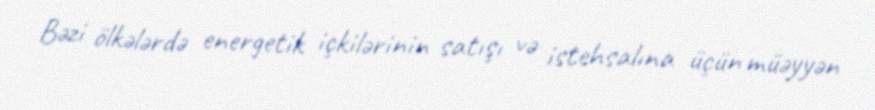
Bəzi ölkələrdə energetik içkilərinin satışı və istehsalına üçün müəyyən